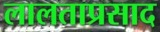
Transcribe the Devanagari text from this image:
लालताप्रसाद